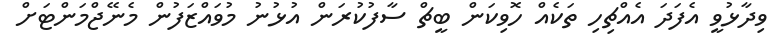
ވިދާޅުވީ އެފަދަ އެއްޗިހި ތަކެއް ހޮވިކަން ބީޗް ސާފުކުރަން އުޅުނު މުވައްޒަފުން މެނޭޖްމަންޓަށް